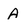
Character: A